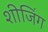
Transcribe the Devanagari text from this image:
शीजिंग